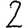
Digit: 2